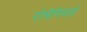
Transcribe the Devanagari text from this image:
रोमेनियाई